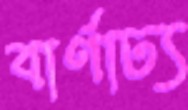
বার্ণাঢ্য